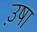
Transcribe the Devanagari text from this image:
उ़षा